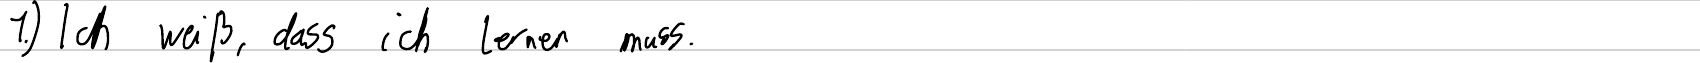
1.) Ich weiß, dass ich lernen muss.